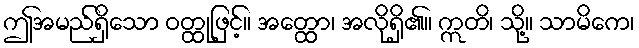
ဤအမည်ရှိသော ဝတ္ထုဖြင့်။ အတ္ထော၊ အလိုရှိ၏။ ဣတိ၊ သို့။ သာမိကေ၊